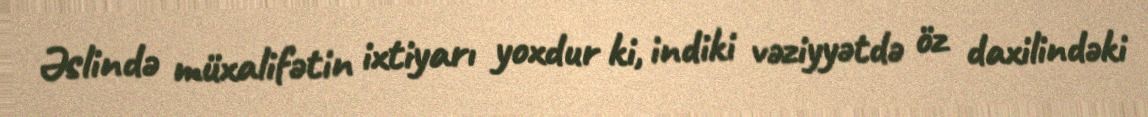
Əslində müxalifətin ixtiyarı yoxdur ki, indiki vəziyyətdə öz daxilindəki